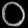
Digit: ၀